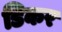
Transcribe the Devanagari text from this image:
डिकर